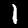
Digit: 1